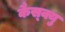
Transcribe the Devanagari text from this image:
कैस्क्यु